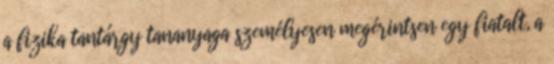
a fizika tantárgy tananyaga személyesen megérintsen egy fiatalt, a